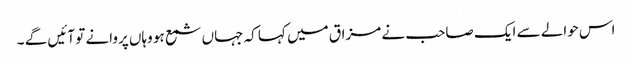
اس حوالے سے ایک صاحب نے مزاق میں کہا کہ جہاں شمع ہو وہاں پروانے تو آئیں گے ۔